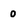
Character: 0